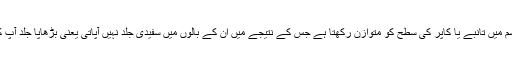
ایک تحقیق کے مطابق مشروم کا استعمال جسم میں تانبے یا کاپر کی سطح کو متوازن رکھتا ہے جس کے نتیجے میں ان کے بالوں میں سفیدی جلد نہیں آپاتی یعنی بڑھاپا جلد آپ کی شخصیت پر قابو پانے میں ناکام رہتا ہے۔